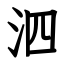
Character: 泗